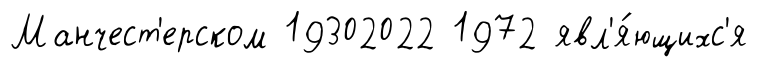
Манчест'ерском 19302022 1972 явл'я́ющихс'я